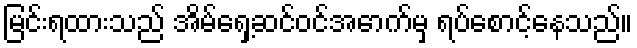
မြင်းရထားသည် အိမ်ရှေ့ဆင်ဝင်အောက်မှ ရပ်စောင့်နေသည်။